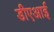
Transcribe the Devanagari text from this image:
डीएआई